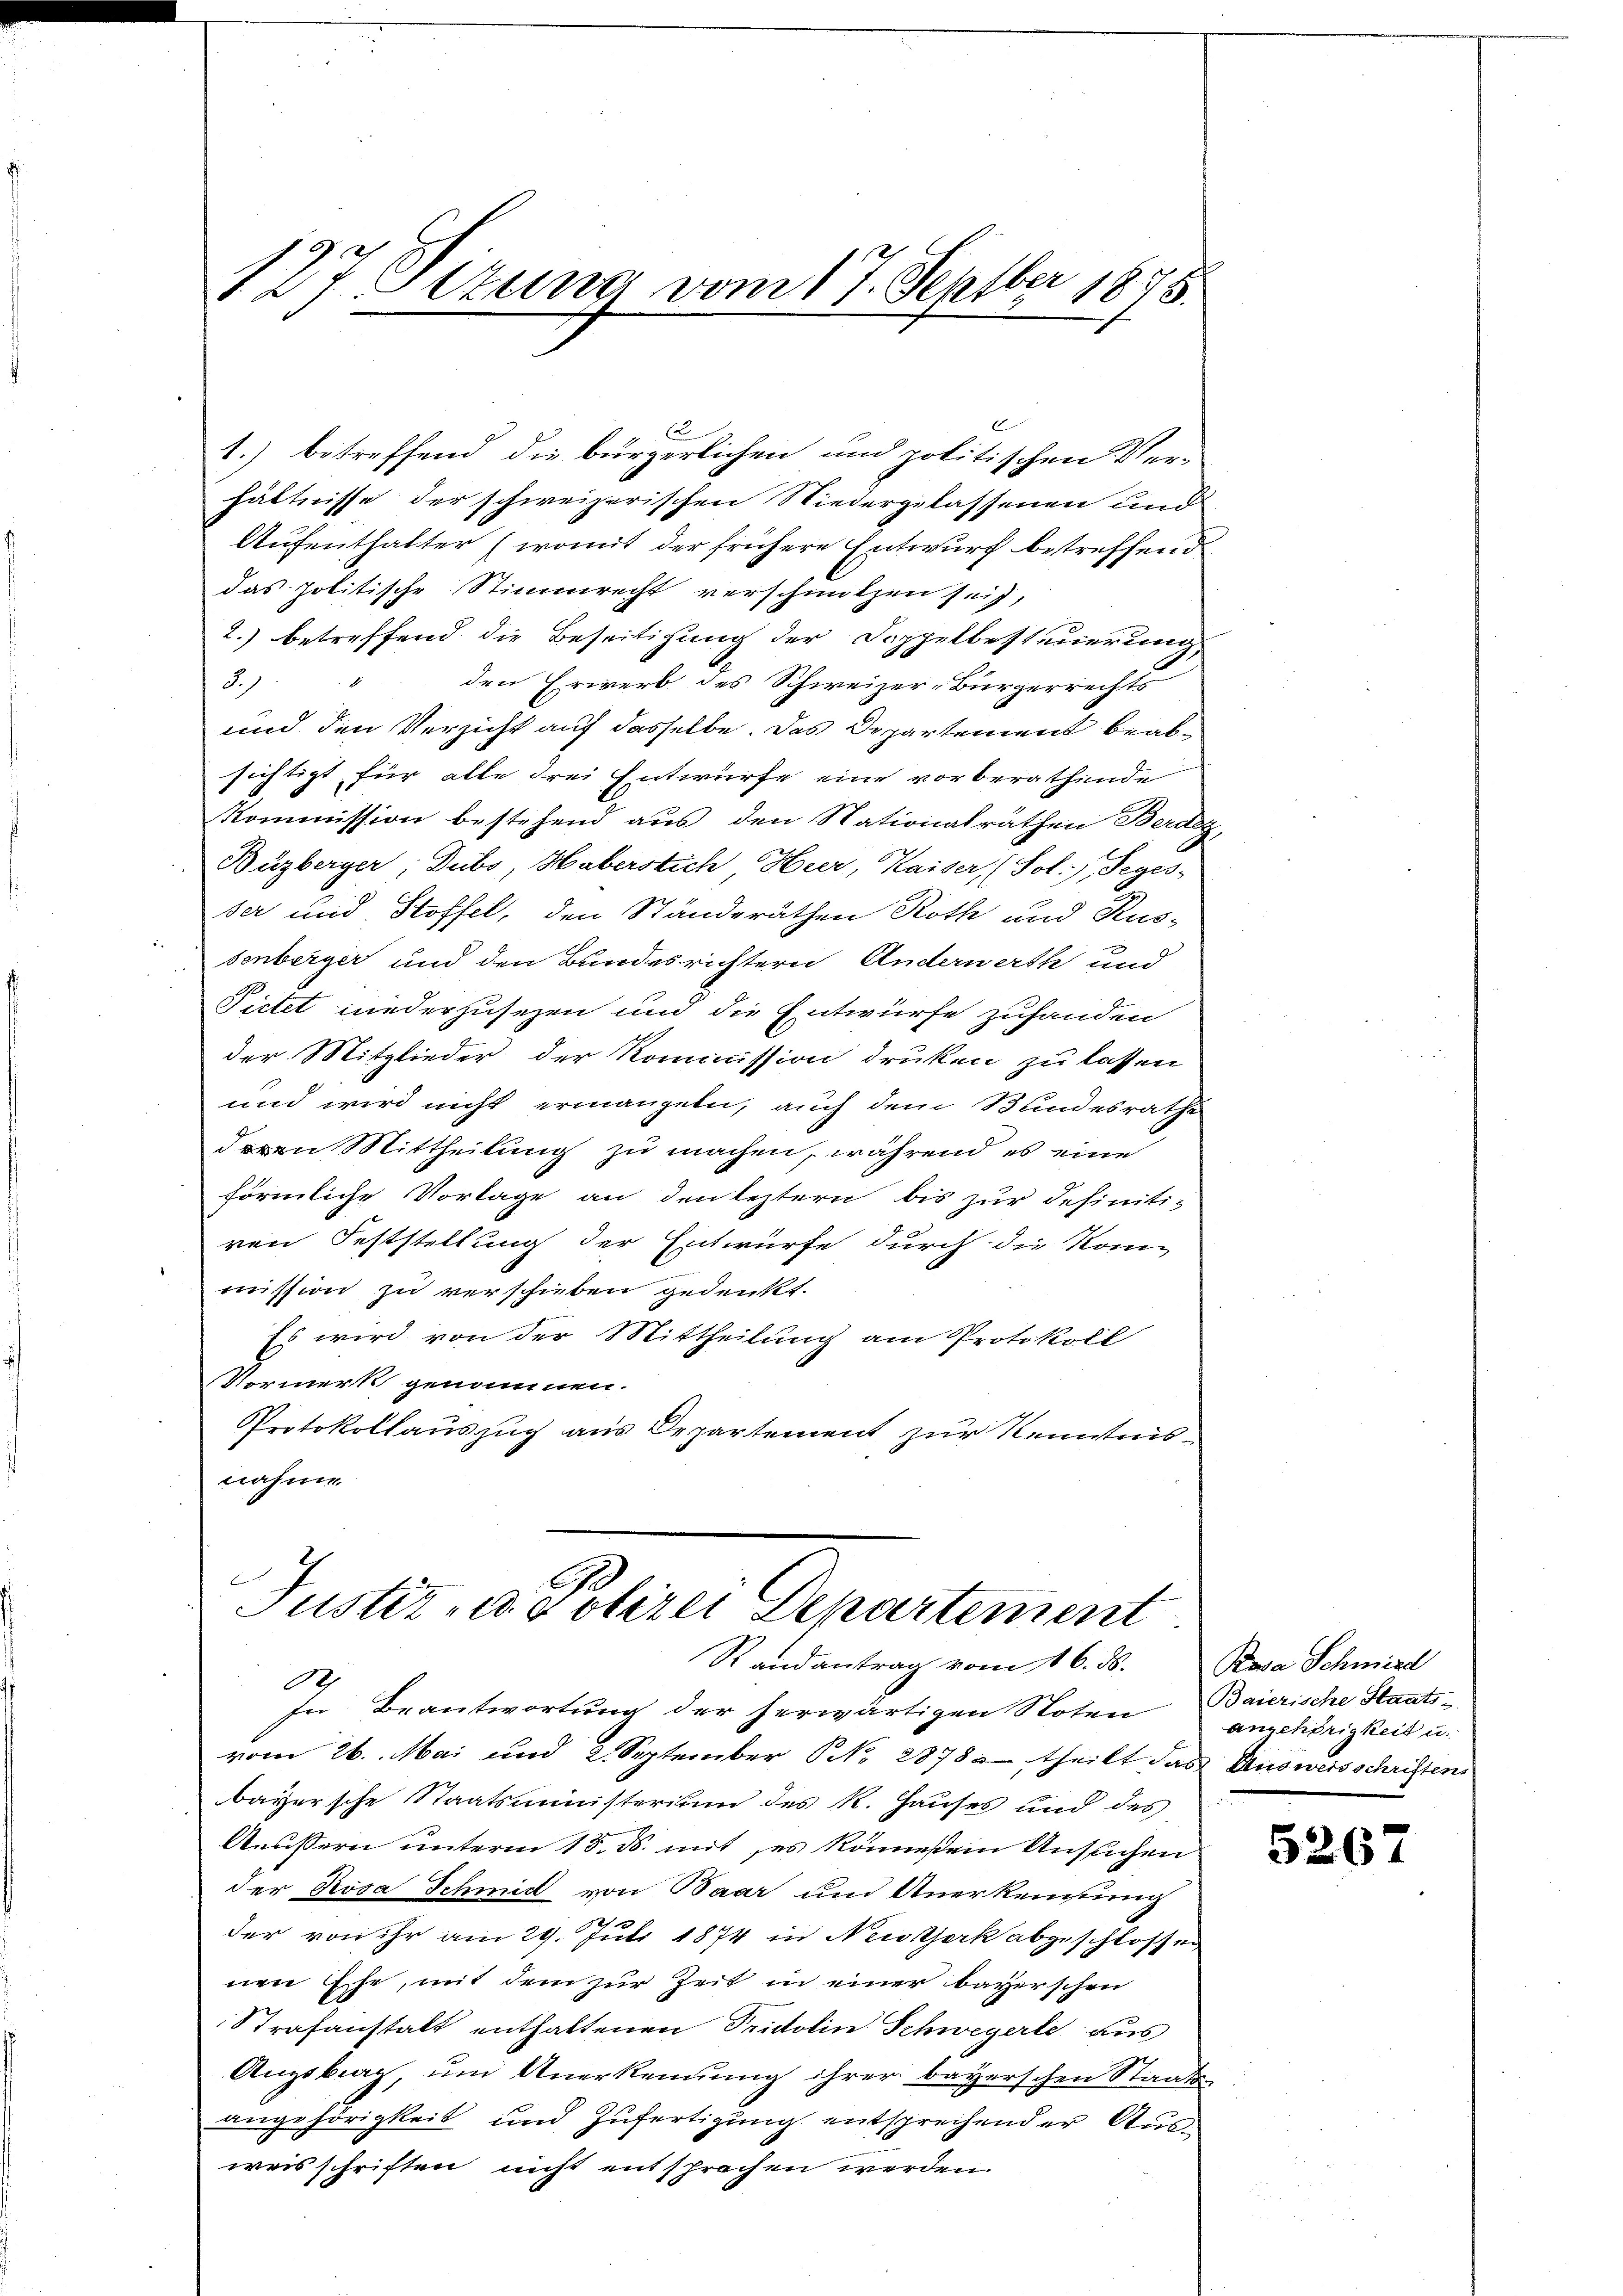
127. Ottung vom 17. Septber 1875

E
1.) betreffend die bürgerlichen und politischen Ver-
hältnisse der schweizerischen Niedergelassenen und
Aufenthalter (womit der frühere Entwurf betreffend
das politische Stimmrecht verschnitzen sei,
2.) betreffend die Beseitigung der Doppelbesteuerung
den Erwerb des Schweizer-Bürgerrechts
2)
und den Verzicht auf dasselbe. Das Departement beabsichtigt für alle drei Entwurfe eine vorberathende
Kommission bestehend aus den Nationalräthen Berdeg
Buzberger, Dubs, Haberstich Heer, Kaiser (Sol., Seges-
ser und Hoffel, den Ständeräthen Roth und Rus-
senberger und den Bundesrichtern Anderwerth und
Pictet niederzusezen und die Entwürfe zuhanden
der Mitglieder der Kommission druken zu lassen
und wird nicht ermangeln, auch dem Bundesrathe
n Mittheilung zu machen, während es eine
förmliche Vorlage an den leztern bis zur Definiti-
ren Feststellung der Entwürfe durch die Kommission zu verschieben gedenkt.
Es wird von der Mittheilung am Protokoll
Vormerk genommen.
Protokollauszug aus Departement zur Kenntnisnahme.

Justiz- u. Polizei Departement
Randantrag vom 16. ds. Rosa Schmird
O

In Beantwortung der herwärtigen Stoten Baierische Staats-
vom 26. Mai und 2 September N. 2878 theilt das Ausweisschriften
bayersche Staatsministerium des R. Hauses und des
Aeussern unterm 18. ds. mit ses könnestem Ansuchen
der Rosa Schmid von Baar und Anerkennung
der von ihr am 29. Juli 1874 in Neckerk abgeschlossen
nen Ehe, mit dem zur Zeit in einer bayerschen
Strafanstalt enthaltenen Fridolin Schwegerte aus
Augsbrag, um Anerkennung ihrer bayerschen Staatsangehörigkeit und Zufertigung entsprechender Ausweisschriften nicht entsprochen werden.

angehörigkeit u.

5267